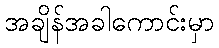
အချိန်အခါကောင်းမှာ